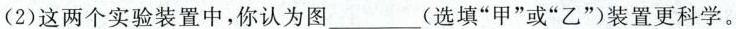
(2)这两个实验装置中，你认为图___(选填”甲”或”乙”)装置更科学。